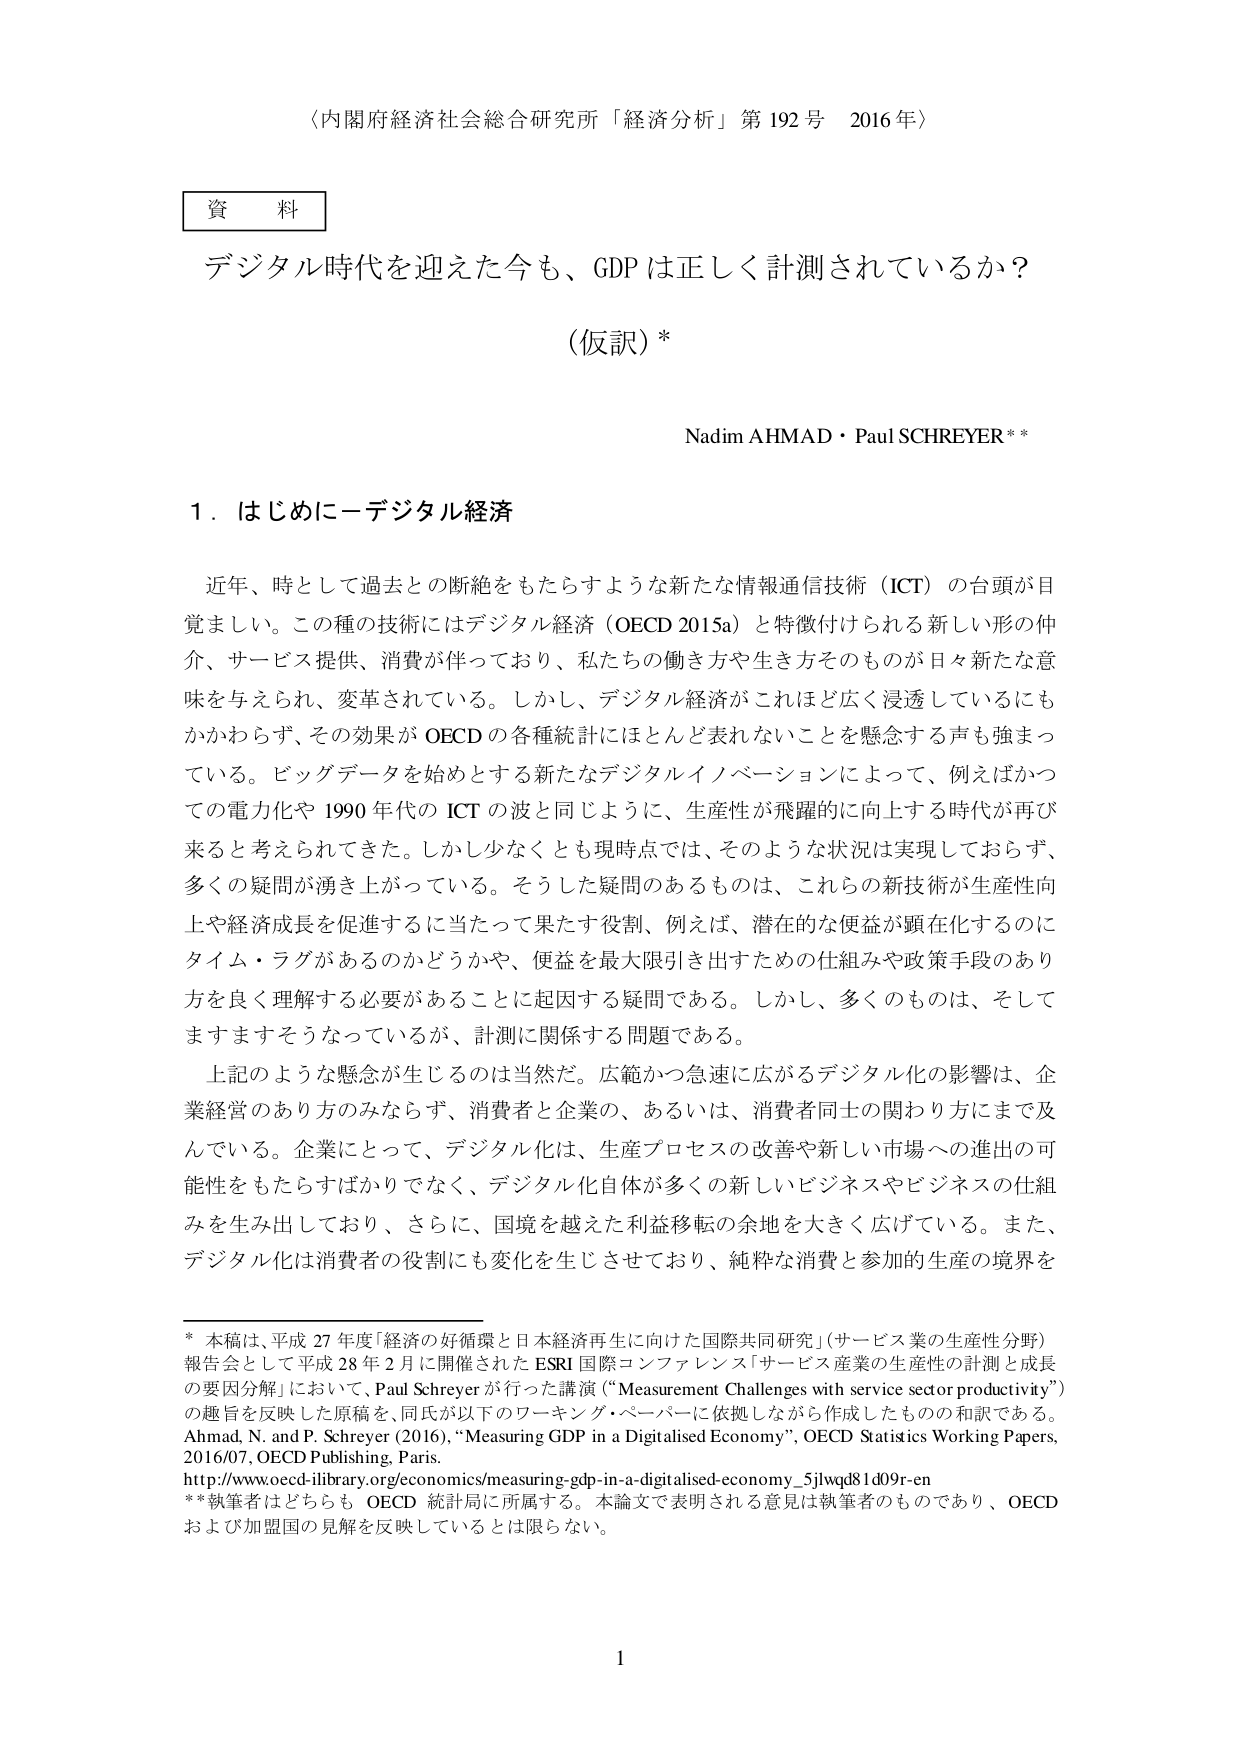
〈内閣府経済社会総合研究所「経済分析」第192号 2016年〉

資料

デジタル時代を迎えた今も、GDPは正しく計測されているか？

（仮訳）*

Nadim AHMAD・Paul SCHREYER**

1．はじめに－デジタル経済

近年、時として過去との断絶をもたらすような新たな情報通信技術（ICT）の台頭が目覚ましい。この種の技術にはデジタル経済（OECD 2015a）と特徴付けられる新しい形の仲介、サービス提供、消費が伴っており、私たちの働き方や生き方そのものが日々新たな意味を与えられ、変革されている。しかし、デジタル経済がこれほど広く浸透しているにもかかわらず、その効果がOECDの各種統計にはほとんど表れないことを懸念する声も強まっている。ビッグデータを始めとする新たなデジタルイノベーションによって、例えばかつての電力化や1990年代のICTの波と同じように、生産性が飛躍的に向上する時代が再び来ると考えられてきた。しかし少なくとも現時点では、そのような状況は実現しておらず、多くの疑問が湧き上がっている。そうした疑問のあるものは、これらの新技術が生産性向上や経済成長を促進するに当たって果たす役割、例えば、潜在的な便益が顕在化するのにタイム・ラグがあるのかどうかや、便益を最大限引き出すための仕組みや政策手段のあり方を良く理解する必要があることに起因する疑問である。しかし、多くのものは、そしてますますそうなっているが、計測に関係する問題である。

上記のような懸念が生じるのは当然だ。広範かつ急速に広がるデジタル化の影響は、企業経営のあり方のみならず、消費者と企業の、あるいは、消費者同士の関わり方にも及んでいる。企業にとって、デジタル化は、生産プロセスの改善や新しい市場への進出の可能性をもたらすばかりでなく、デジタル化自体が多くの新しいビジネスやビジネスの仕組みを生み出しており、さらに、国境を越えた利益移転の余地を大きく広げている。また、デジタル化は消費者の役割にも変化を生じさせており、純粋な消費と参加的生産の境界を

* 本稿は、平成27年度「経済の好循環と日本経済再生に向けた国際共同研究」（サービス業の生産性分野）報告会として平成28年2月に開催されたESRI国際コンファレンス「サービス産業の生産性の計測と成長の要因分解」において、Paul Schreyerが行った講演（“Measurement Challenges with service sector productivity”）の趣旨を反映した原稿を、同氏が以下のワーキング・ペーパーに依拠しながら作成したものの和訳である。Ahmad, N. and P. Schreyer (2016), “Measuring GDP in a Digitalised Economy”, OECD Statistics Working Papers, 2016/07, OECD Publishing, Paris. http://www.oecd-ilibrary.org/economics/measuring-gdp-in-a-digitalised-economy_5jlwqd81d09r-en

**執筆者はどちらもOECD統計局に所属する。本論文で表明される意見は執筆者のものであり、OECDおよび加盟国の見解を反映しているとは限らない。

1